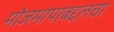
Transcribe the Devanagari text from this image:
मोजमापाबद्दलचा